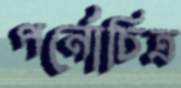
পর্নোচিত্র